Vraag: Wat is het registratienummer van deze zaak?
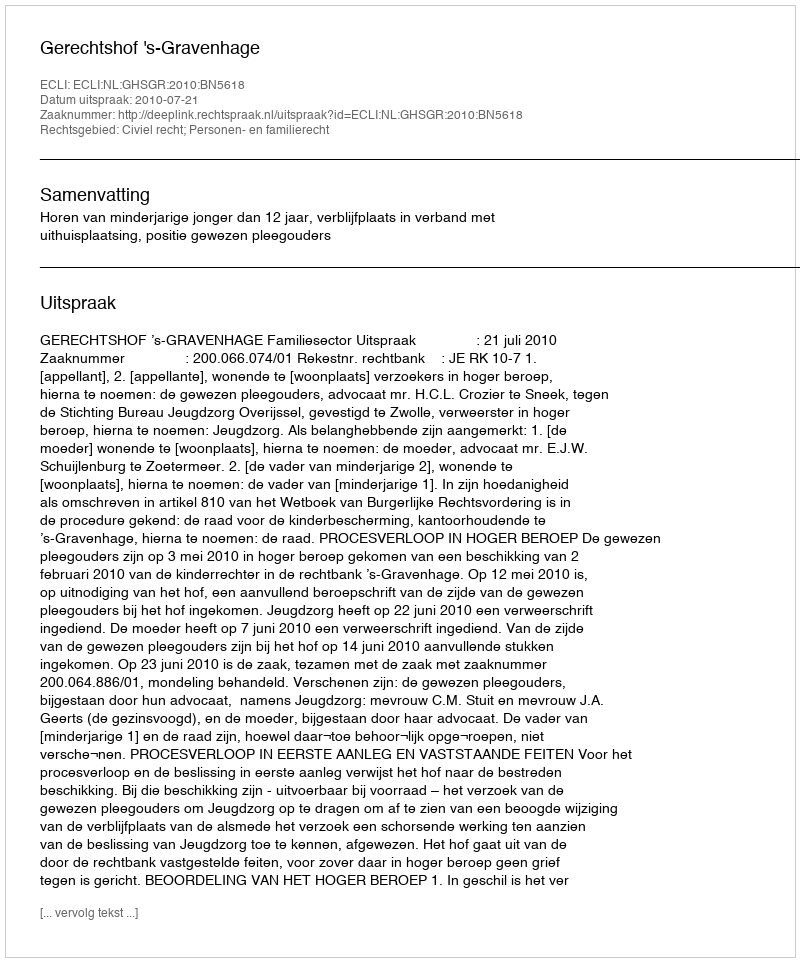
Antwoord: http://deeplink.rechtspraak.nl/uitspraak?id=ECLI:NL:GHSGR:2010:BN5618